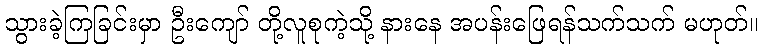
သွားခဲ့ကြခြင်းမှာ ဦးကျော် တို့လူစုကဲ့သို့ နားနေ အပန်းဖြေရန်သက်သက် မဟုတ်။